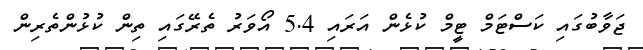
ޖަވާބުގައި ކަސްޓަމް ޓީމް ކުޅެން އަރައި 5.4 އޯވަރު ތެރޭގައި ތިން ކުޅުންތެރިން